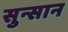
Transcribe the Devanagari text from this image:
सुन्सान